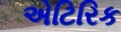
એટિરિક